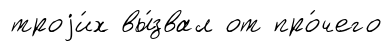
троjи́х вы́звал от про́чего